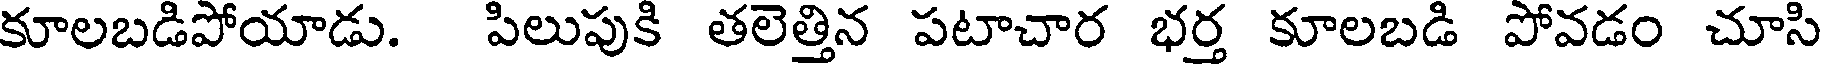
కూలబడిపోయాడు. పిలుపుకి తలెత్తిన పటాచార భర్త కూలబడి పోవడం చూసి